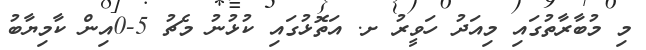
މި މުބާރާތުގައި މިއަދު ހަވީރު ށ. އަތޮޅުގައި ކުޅުނު މެޗު 5-0އިން ކާމިޔާބު